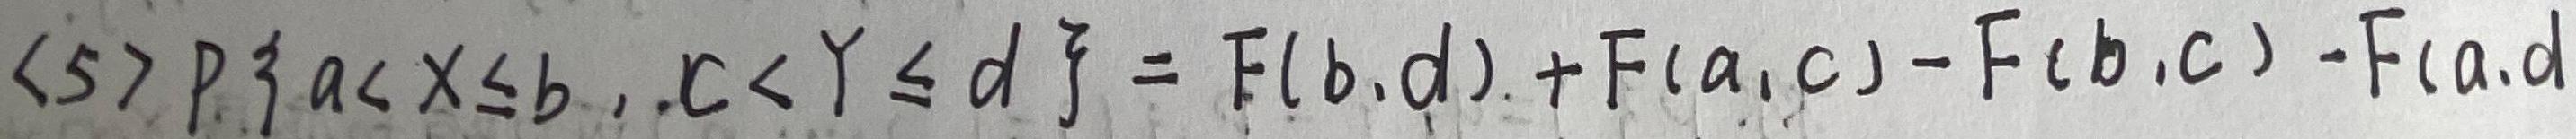
$\langle 5\rangle P\{ a<X\leq b,c<Y\leq d\} =F(b,d)+F(a,c)-F(b,c)-F(a,d)$